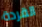
القردة